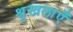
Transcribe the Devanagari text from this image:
श्रृखलाएँ